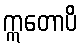
ဣတောပိ